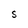
Character: s